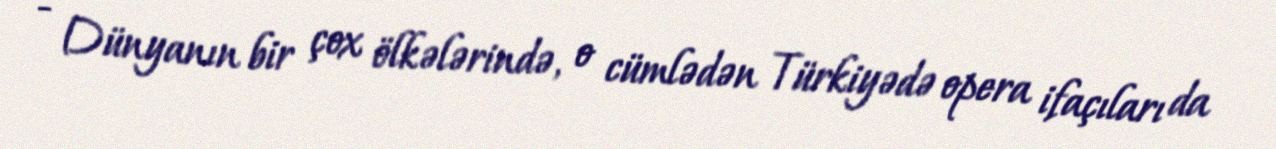
- Dünyanın bir çox ölkələrində, o cümlədən Türkiyədə opera ifaçıları da